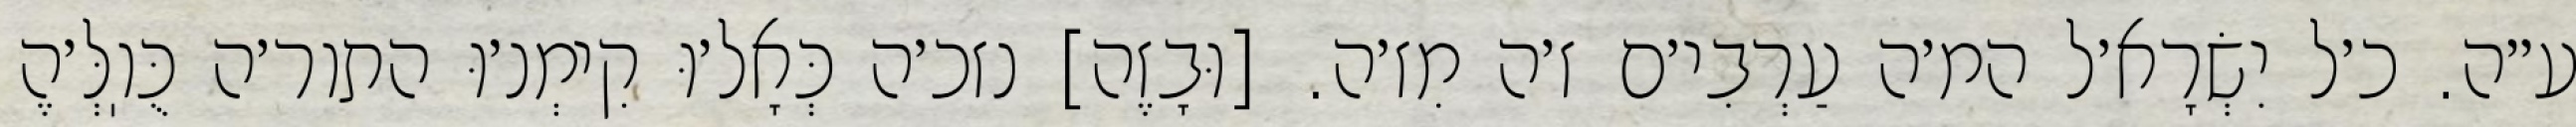
ע״ה. כ׳ל יִשְׂרָא׳ל המ׳ה עַרְבִי׳ם ז׳ה מִז׳ה. [וּבָזֶה] נזכ׳ה כְּאָל׳וּ קִימְנ׳וּ התור׳ה כֻּוֽלְּ׳הֶ